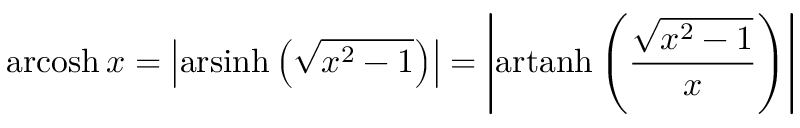
\operatorname { a r c o s h } x = \left| \operatorname { a r s i n h } \left( { \sqrt { x ^ { 2 } - 1 } } \right) \right| = \left| \operatorname { a r t a n h } \left( { \frac { \sqrt { x ^ { 2 } - 1 } } { x } } \right) \right|